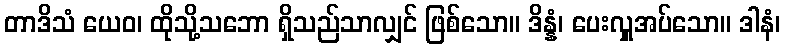
တာဒိသံ ယေဝ၊ ထိုသို့သဘော ရှိသည်သာလျှင် ဖြစ်သော။ ဒိန္နံ၊ ပေးလှူအပ်သော။ ဒါနံ၊